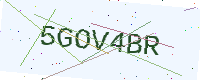
Text: 5GOV4BR